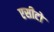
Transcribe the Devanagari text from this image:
एसीटो